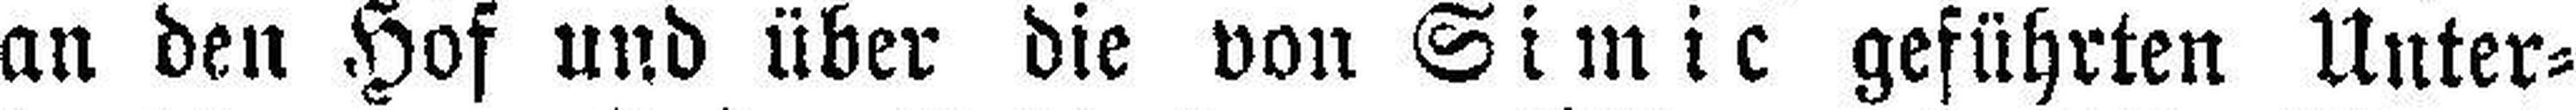
an den Hof und über die von Simic geführten Unter¬